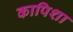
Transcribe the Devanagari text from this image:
कापिशा